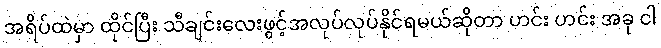
အရိပ်ထဲမှာ ထိုင်ပြီး သီချင်းလေးဖွင့်အလုပ်လုပ်နိုင်ရမယ်ဆိုတာ ဟင်း ဟင်း အခု ငါ